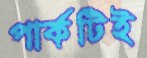
পার্কটিই